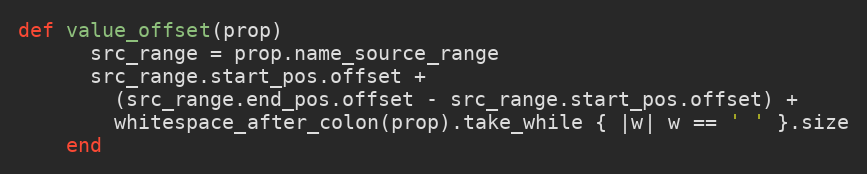
Language: Ruby
def value_offset(prop)
      src_range = prop.name_source_range
      src_range.start_pos.offset +
        (src_range.end_pos.offset - src_range.start_pos.offset) +
        whitespace_after_colon(prop).take_while { |w| w == ' ' }.size
    end